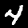
Digit: 4